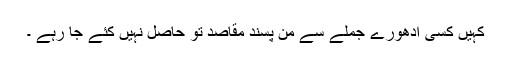
کہیں کسی ادھورے جملے سے من پسند مقاصد تو حاصل نہیں کئے جا رہے ۔